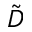
\tilde { \cal D }